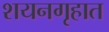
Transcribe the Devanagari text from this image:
शयनगृहात